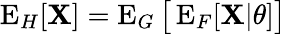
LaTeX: \operatorname{E}_{H}[\mathbf{X}]=\operatorname{E}_{G}{\bigl[}\operatorname{E}_{F}[\mathbf{X}|\theta]{\bigr]}